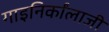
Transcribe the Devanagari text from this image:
गाइनिर्कांलाजी